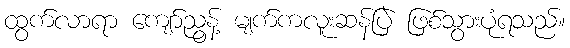
ထွက်လာရာ ကျော်ညွန့် မျက်ကလူးဆန်ပြဲ ဖြစ်သွားပုံရသည်။